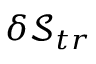
\delta \mathcal { S } _ { t r }